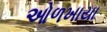
ઓળખાયા